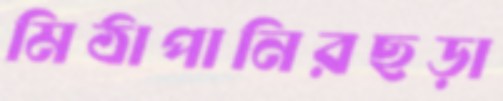
মিঠাপানিরছড়া